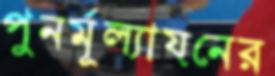
পুনর্মূল্যায়নের